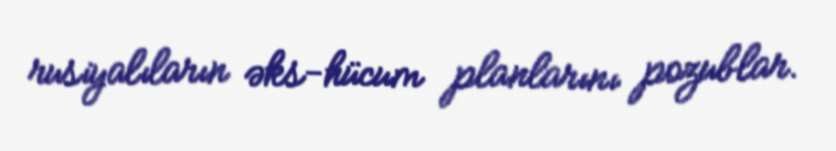
rusiyalıların əks-hücum planlarını pozublar.